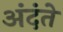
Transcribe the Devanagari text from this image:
अंदंते